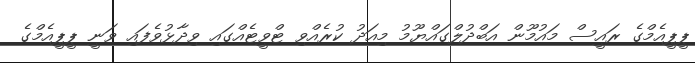
ޕީޕީއެމްގެ ރައީސް މައުމޫން އަބްދުލްގައްޔޫމު މިއަދު ކުރެއްވި ޓްވީޓެއްގައި ވިދާޅުުވެފައި ވަނީ ޕީޕީއެމްގެ